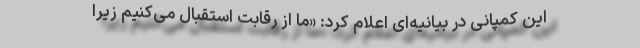
این کمپانی در بیانیه‌ای اعلام کرد: «ما از رقابت استقبال می‌کنیم زیرا